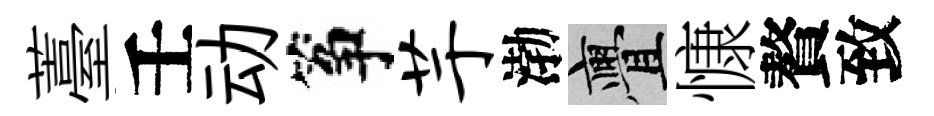
薹壬动筝芋渤亹慷贅致